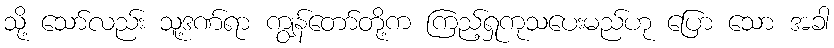
သို့ သော်လည်း သူ့ဒဏ်ရာ ကျွန်တော်တို့က ကြည့်ရှုကုသပေးမည်ဟု ပြော သော အခါ